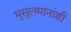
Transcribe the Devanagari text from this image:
मुसुलमानांशी